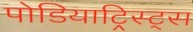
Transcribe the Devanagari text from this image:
पोडियाट्रिस्ट्स